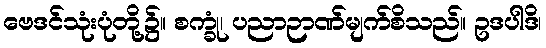
ဗေဒင်သုံးပုံတို့၌။ စက္ခုံ၊ ပညာဉာဏ်မျက်စိသည်။ ဥဒပါဒိ၊